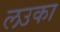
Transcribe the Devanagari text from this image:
लउका